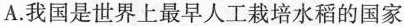
A.我国是世界上最早人工栽培水稻的国家